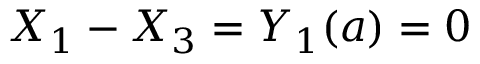
X _ { 1 } - X _ { 3 } = Y _ { 1 } ( a ) = 0